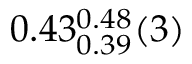
0 . 4 3 _ { 0 . 3 9 } ^ { 0 . 4 8 } ( 3 )